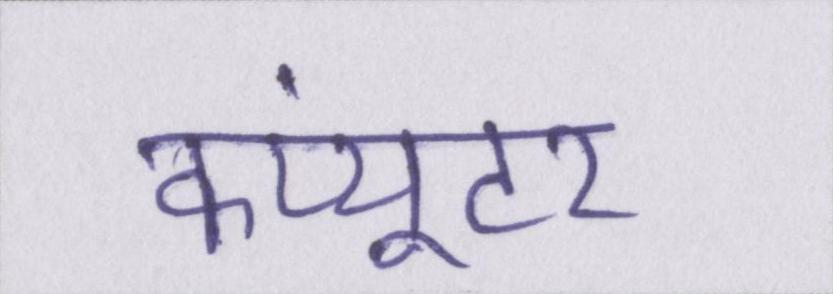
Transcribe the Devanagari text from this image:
कंप्यूटर